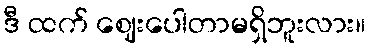
ဒီ ထက် ဈေးပေါတာမရှိဘူးလား။